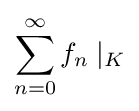
\sum _{n=0}^{\infty }f_{n}\mid _{K}